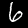
Label: 6